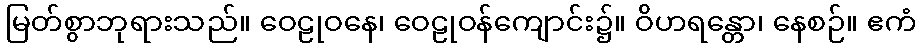
မြတ်စွာဘုရားသည်။ ဝေဠုဝနေ၊ ဝေဠုဝန်ကျောင်း၌။ ဝိဟရန္တော၊ နေစဉ်။ ဧကံ